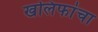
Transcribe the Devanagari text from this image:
खलिफांचा